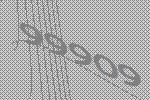
99909